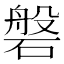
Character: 磐